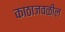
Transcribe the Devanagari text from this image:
काठाजवळील